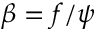
\beta = f / \psi